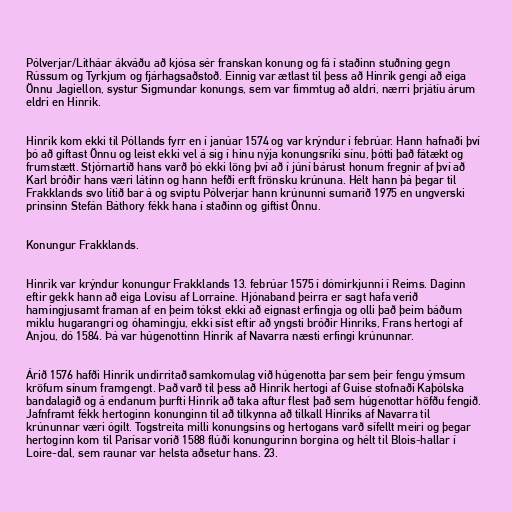
Pólverjar/Litháar ákváðu að kjósa sér franskan konung og fá í staðinn stuðning gegn
Rússum og Tyrkjum og fjárhagsaðstoð. Einnig var ætlast til þess að Hinrik gengi að eiga
Önnu Jagiellon, systur Sigmundar konungs, sem var fimmtug að aldri, nærri þrjátíu árum
eldri en Hinrik.

Hinrik kom ekki til Póllands fyrr en í janúar 1574 og var krýndur í febrúar. Hann hafnaði því
þó að giftast Önnu og leist ekki vel á sig í hinu nýja konungsríki sínu, þótti það fátækt og
frumstætt. Stjórnartíð hans varð þó ekki löng því að í júní bárust honum fregnir af því að
Karl bróðir hans væri látinn og hann hefði erft frönsku krúnuna. Hélt hann þá þegar til
Frakklands svo lítið bar á og sviptu Pólverjar hann krúnunni sumarið 1975 en ungverski
prinsinn Stefán Báthory fékk hana í staðinn og giftist Önnu.

Konungur Frakklands.

Hinrik var krýndur konungur Frakklands 13. febrúar 1575 í dómirkjunni í Reims. Daginn
eftir gekk hann að eiga Lovísu af Lorraine. Hjónaband þeirra er sagt hafa verið
hamingjusamt framan af en þeim tókst ekki að eignast erfingja og olli það þeim báðum
miklu hugarangri og óhamingju, ekki síst eftir að yngsti bróðir Hinriks, Frans hertogi af
Anjou, dó 1584. Þá var húgenottinn Hinrik af Navarra næsti erfingi krúnunnar.

Árið 1576 hafði Hinrik undirritað samkomulag við húgenotta þar sem þeir fengu ýmsum
kröfum sínum framgengt. Það varð til þess að Hinrik hertogi af Guise stofnaði Kaþólska
bandalagið og á endanum þurfti Hinrik að taka aftur flest það sem húgenottar höfðu fengið.
Jafnframt fékk hertoginn konunginn til að tilkynna að tilkall Hinriks af Navarra til
krúnunnar væri ógilt. Togstreita milli konungsins og hertogans varð sífellt meiri og þegar
hertoginn kom til Parísar vorið 1588 flúði konungurinn borgina og hélt til Blois-hallar í
Loire-dal, sem raunar var helsta aðsetur hans. 23.